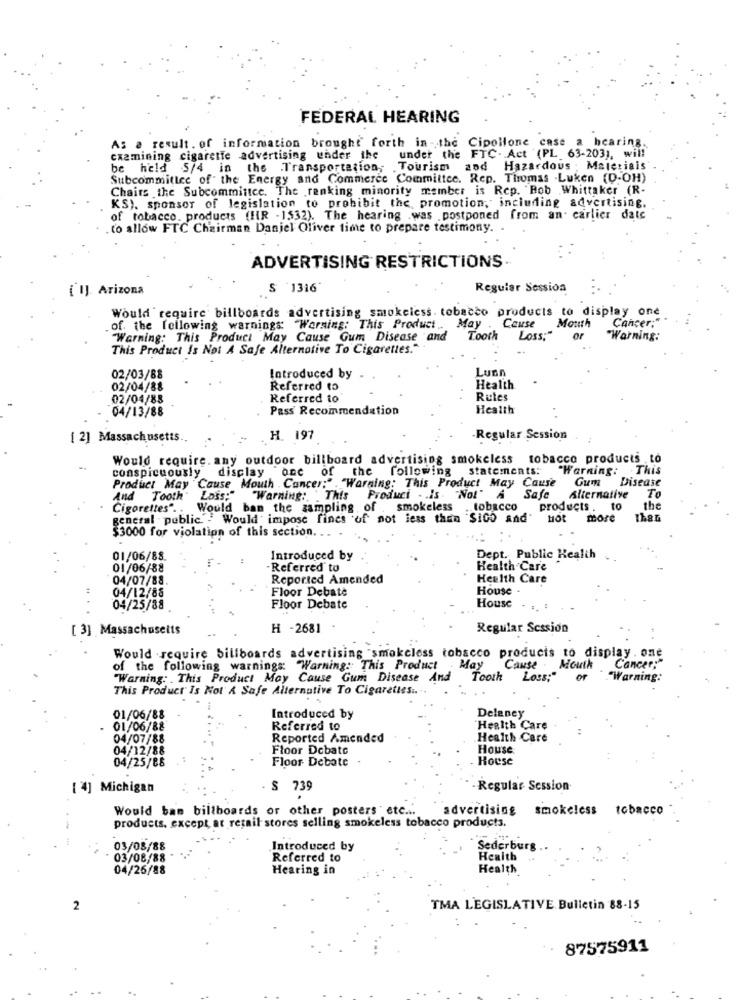
FEDERAL HEARING
As a result. of information brought forth in -, the Cipollone case a hearing.
cxamining cigarette advertising under the
under the FTC. Act (PL 63-203), will
be held 5/4 in the Transportation, Tourism and Hazardous ; Materiais
Subcommittee of the Energy and Commerce Committee. Rep. Thomas .Luken (D-OH)
Chairs the Subcommittee. The ranking minority member is Rep. Rob Whittaker (R-
KS), sponsor of legislation to prohibit the promotion, including advertising.
of tobacco products (HR -1532). The hearing was postponed from an carlier date
to allow FTC Chairman Daniel Oliver time to prepare testimony.
ADVERTISING RESTRICTIONS.
[ I] Arizona
S '1316
Regular Session
Would require billboards advertising smokeless. tobacco products to display one
May
of. the following warnings "Warning: This Product
Cause Mouth
Cancer;
Warning: This Product May Cause Gum Disease and
Tooth Loss;"
or
"Warning:
This Product Is Not A Safe Alternative To Cigarettes."
Luan
02/03/88
Introduced by
02/04/88
Referred to
Health.
02/04/88
Referred to
Rules
04/13/88
Pass Recommendation
Health
[ 2] Massachusetts.
H. 197
-Regular Session
Would require. any outdoor billboard advertising smokeless tobacco products to
conspicuously display
"one of the following statements:"
"Warning: This
Product May Cause Mouth . Cancer:" . "Warning: This Product May Cause
Gum
Disease
To
And Tooth"
Loss;" "Warning: This Product . . Is. "Not" A
Safe
Alternative
Cigorettes".
Would ban the zampling, of . smokeless
tobacco products.
to
the
general public. . Would impose fines of not less than $100 and"
Hot
more
$3000 for violation of this section.
01/06/88
Introduced by
Dept. Public Health .
01/06/88
Referred to
Health Care
04/07/88.
Reported Amended
Health Care
04/12/88
Floor Debate
House -
House
04/25/88
Floor Debate
[ 3] Massachusetts
H -2681
Regular Session
Would require billboards advertising "smokeless tobacco products to display. one
Cancer:"
of the following warnings: "Warning: This Product
May
Cause . Mouth
"Warning: This Product May Cause Gum Disease And
Tooth Loss;"
of
"Warning:
This Product Is Not A Safe Alternative To Cigarettes ...
01/06/88
Introduced by
Delaney
01/06/88
Referred to
Health Care
04/07/88
Reported Amended
Health Care
04/12/88
Floor Debate
House
Floor Debate
House
04/25/88
[ 4] Michigan
S 739
- Regular Session
Would ban billboards or other posters ' etc ...
advertising smokeless tobacco
products. except at retail stores selling smokeless tobacco products.
03/08/88
Introduced by
Sederburg
03/08/88
Referred to
Health
04/26/88
Hearing in
Health
TMA LEGISLATIVE Bulletin 88-15
87575911